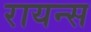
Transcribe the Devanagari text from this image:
रायन्स